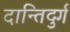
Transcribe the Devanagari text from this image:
दान्तिदुर्ग